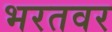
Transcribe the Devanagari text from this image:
भरतवर